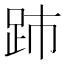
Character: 䟛